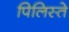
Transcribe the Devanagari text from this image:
पिलिस्ते